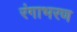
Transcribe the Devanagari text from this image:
रंगाभरण